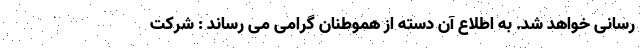
رسانی خواهد شد. به اطلاع آن دسته از هموطنان گرامی می رساند : شرکت